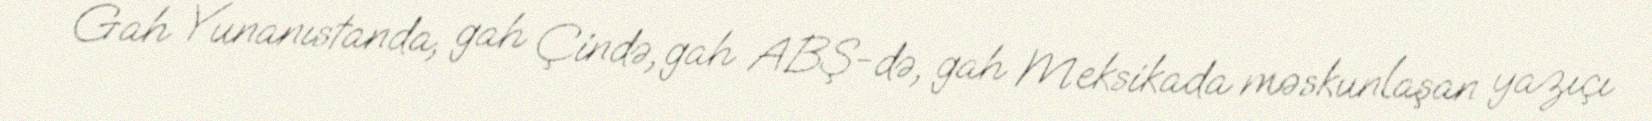
Gah Yunanıstanda, gah Çində, gah ABŞ-də, gah Meksikada məskunlaşan yazıçı